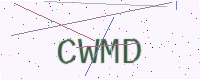
Text: CWMD